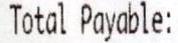
TOTAL PAYABLE: